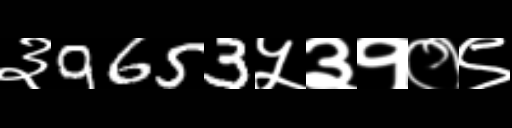
Text: ३9653५३१०९